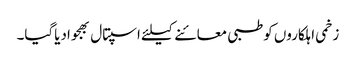
زخمی اہلکاروں کوطبی معائنے کیلئے اسپتال بھجوادیاگیا۔